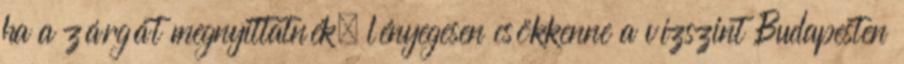
ha a zárgát megnyittatnék, lényegesen csökkenne a vízszint Budapesten